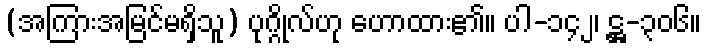
(အကြားအမြင်မရှိသူ) ပုဂ္ဂိုလ်ဟု ဟောထား၏။ ပါ-၁၄၂၊ ဋ္ဌ-၃၀၆။